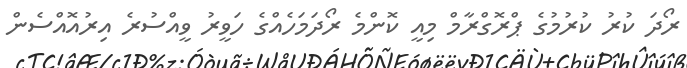
ރޯދަ ކުރު ކުރުމުގެ ޕްރޮގްރާމް މިއީ ކޮންމެ ރޯދަމަހެއްގެ ހަވީރު ވީއްސުރެ އިރުއޮއްސެން